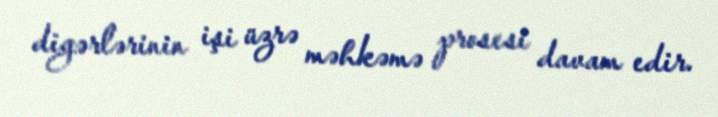
digərlərinin işi üzrə məhkəmə prosesi davam edir.